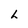
Character: h